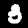
Label: 3